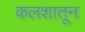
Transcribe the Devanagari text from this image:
कलशातून